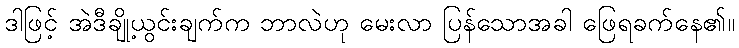
ဒါဖြင့် အဲဒီချို့ယွင်းချက်က ဘာလဲဟု မေးလာ ပြန်သောအခါ ဖြေရခက်နေ၏။